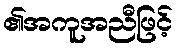
၏အကူအညီဖြင့်